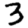
Digit: 3